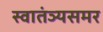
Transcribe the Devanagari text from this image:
स्वातंञ्यसमर